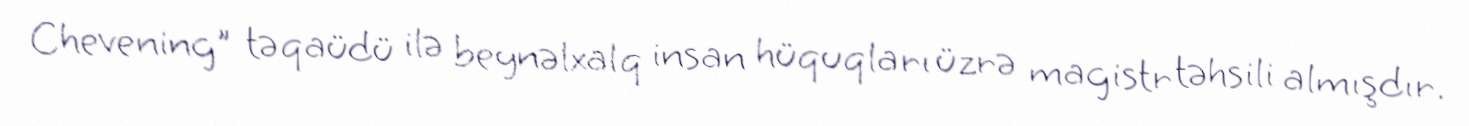
Chevening" təqaüdü ilə beynəlxalq insan hüquqları üzrə magistr təhsili almışdır.